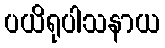
ပယိရုပါသနာယ